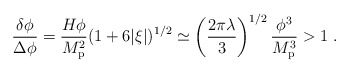
\begin{align*}{\delta\phi\over\Delta\phi} = {H\phi\over M_{\rm p}^2}(1 + 6|\xi|)^{1/2} \simeq \left({2\pi\lambda\over3}\right)^{1/2}{\phi^3\over M_{\rm p}^3} > 1\ .\end{align*}